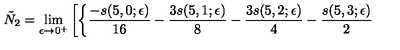
\tilde { N } _ { 2 } = \lim _ { \epsilon \rightarrow 0 ^ { + } } \left[ \left\{ { \frac { - s ( 5 , 0 ; \epsilon ) } { 1 6 } } - { \frac { 3 s ( 5 , 1 ; \epsilon ) } { 8 } } - { \frac { 3 s ( 5 , 2 ; \epsilon ) } { 4 } } - { \frac { s ( 5 , 3 ; \epsilon ) } { 2 } } \right. \right.